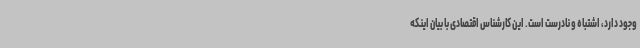
وجود دارد، اشتباه و نادرست است. این کارشناس اقتصادی با بیان اینکه